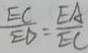
\frac { E C } { E D } = \frac { E A } { E C }